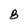
Character: B